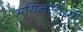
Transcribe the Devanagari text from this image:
मयिलस्वामी